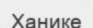
Ханике